Civil Veterinary Dept. Assam report 1927-50 - 1927-1950
Year: 1927
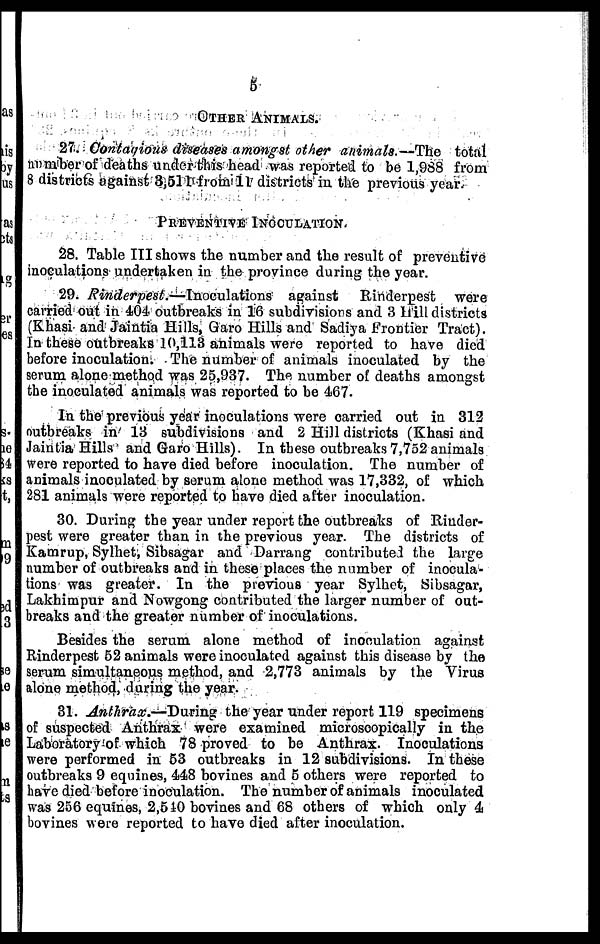
5
OTHER ANIMALS.
27. Contagious diseases amongst other animals.—The total
number of deaths under this head was reported to be 1,988 from
8 districts against 3,511 from 11 districts in the previous year.
PREVENTIVE INOCULATION
28. Table III shows the number and the result of preventive
inoculations undertaken in the province during the year.
29. Rinderpest.—Inoculations
against Rinderpest were
carried out in 404 outbreaks in 16 subdivisions and 3 Hill districts
(Khasi and Jaintia Hills, Garo Hills and Sadiya Frontier Tract).
In these outbreaks 10,113 animals were reported to have died
before inoculation. The number of animals inoculated by the
serum alone method was 25,937. The number of deaths amongst
the inoculated animals was reported to be 467.
In the previous year inoculations were carried out in 312
outbreaks in 13 subdivisions and 2 Hill districts (Khasi and
Jaintia Hills and Garo Hills). In these outbreaks 7,752 animals
were reported to have died before inoculation. The number of
animals inoculated by serum alone method was 17,332, of which
281 animals were reported to have died after inoculation.
30. During the year under report the outbreaks of Rinder-
pest were greater than in the previous year. The districts of
Kamrup, Sylhet, Sibsagar and Darrang contributed the large
number of outbreaks and in these places the number of inocula-
tions was greater. In the previous year Sylhet, Sibsagar,
Lakhimpur and Nowgong contributed the larger number of out-
breaks and the greater number of inoculations.
Besides the serum alone method of inoculation against
Rinderpest 52 animals were inoculated against this disease by the
serum simultaneous method, and 2,773 animals by the Virus
alone method, during the year.
31. Anthrax.—During
the year under report 119 specimens
of suspected Anthrax were examined microscopically in the
Laboratory of which 78 proved to be Anthrax. Inoculations
were performed in 53 outbreaks in 12 subdivisions. In these
outbreaks 9 equines, 448 bovines and 5 others were reported to
have died before inoculation. The number of animals inoculated
was 256 equines, 2,510 bovines and 68 others of which only 4
bovines were reported to have died after inoculation.